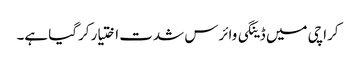
کراچی میں ڈینگی وائرس شدت اختیار کرگیا ہے۔